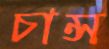
চান্স